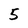
Character: 5